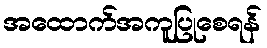
အထောက်အကူပြုစေရန်